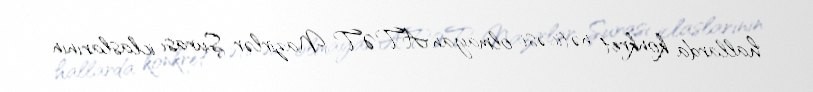
hallarda konkret nəticəsi olmayan ATƏT Nazirlər Şurası iclaslarının